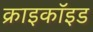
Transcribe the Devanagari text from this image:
क्राइकॉइड